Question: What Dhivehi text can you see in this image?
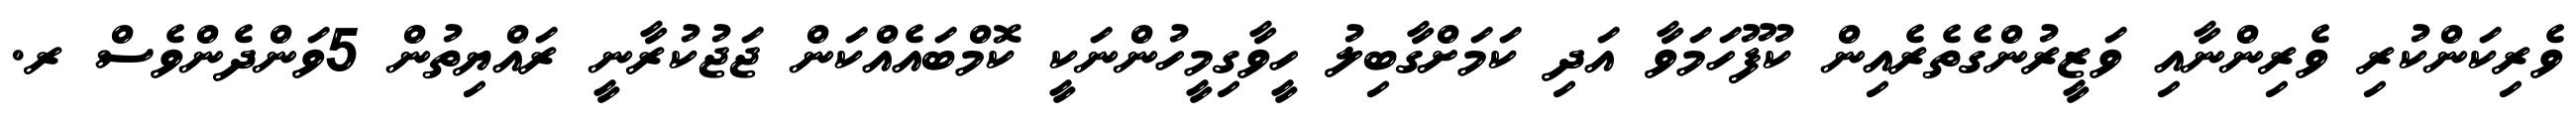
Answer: ވެރިކަންކުރި ވެރިންނާއި ވަޒީރުންގެތެރެއިން ކުފޫހަމަވާ އަދި ކަމަށްގާބިލު ހީވާގިމީހުންނަކީ ކޮމްބައެއްކަން ޖަޖުކުރާނީ ރައްޔިތުން 5ވަންދެންވެސް ރ.